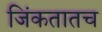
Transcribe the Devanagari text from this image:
जिंकतातच